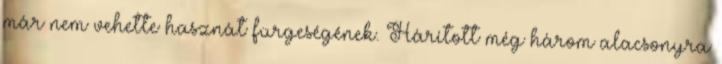
már nem vehette hasznát fürgeségének. Hárított még három alacsonyra